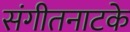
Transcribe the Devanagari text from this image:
संगीतनाटके